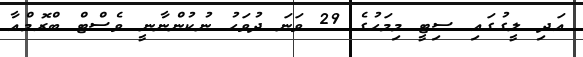
އަދި ލީގުގައި ސިޓީ މިމަހުގެ 29 ވަނަ ދުވަހު ނުކުންނާނީ ވެސްޓް ބްރޮމްއާ